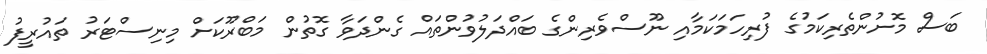
ބަސް މޮށުންތެރިކަމުގެ ފުރިހަމަކަމާއި ނޫސްވެރިންގެ ބައްދަލުވުންތައް ގެންދަވާ ގޮތުން މަބްރޫކަށް މިނިސްޓަރު ތައުރީފު